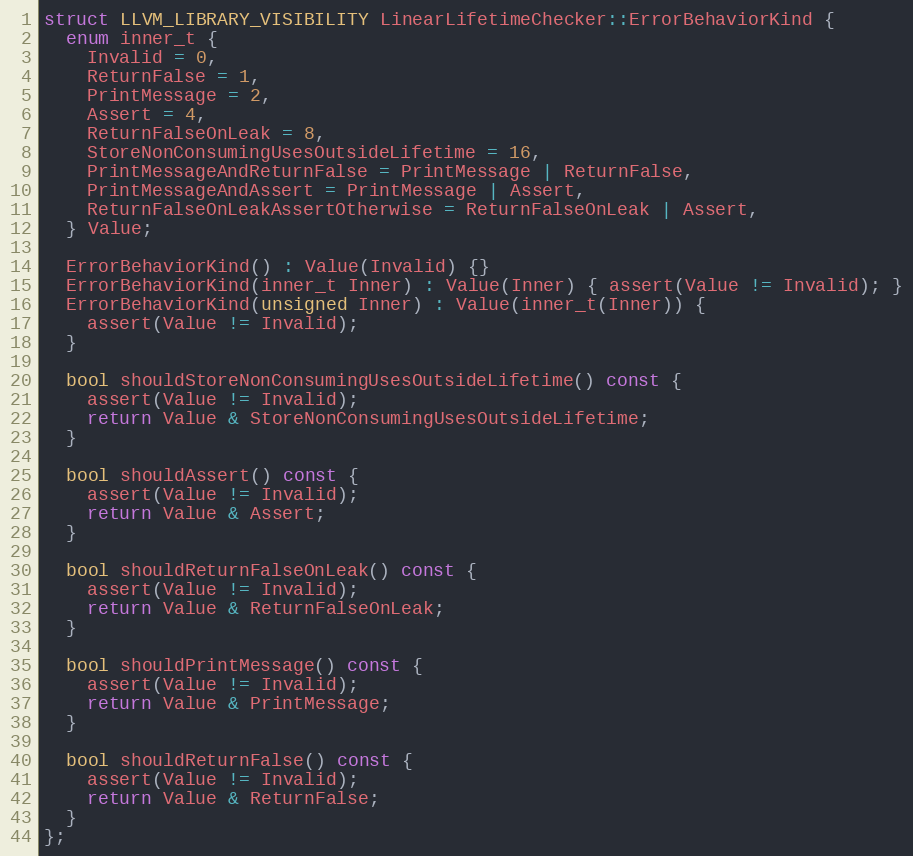
Language: C
struct LLVM_LIBRARY_VISIBILITY LinearLifetimeChecker::ErrorBehaviorKind {
  enum inner_t {
    Invalid = 0,
    ReturnFalse = 1,
    PrintMessage = 2,
    Assert = 4,
    ReturnFalseOnLeak = 8,
    StoreNonConsumingUsesOutsideLifetime = 16,
    PrintMessageAndReturnFalse = PrintMessage | ReturnFalse,
    PrintMessageAndAssert = PrintMessage | Assert,
    ReturnFalseOnLeakAssertOtherwise = ReturnFalseOnLeak | Assert,
  } Value;

  ErrorBehaviorKind() : Value(Invalid) {}
  ErrorBehaviorKind(inner_t Inner) : Value(Inner) { assert(Value != Invalid); }
  ErrorBehaviorKind(unsigned Inner) : Value(inner_t(Inner)) {
    assert(Value != Invalid);
  }

  bool shouldStoreNonConsumingUsesOutsideLifetime() const {
    assert(Value != Invalid);
    return Value & StoreNonConsumingUsesOutsideLifetime;
  }

  bool shouldAssert() const {
    assert(Value != Invalid);
    return Value & Assert;
  }

  bool shouldReturnFalseOnLeak() const {
    assert(Value != Invalid);
    return Value & ReturnFalseOnLeak;
  }

  bool shouldPrintMessage() const {
    assert(Value != Invalid);
    return Value & PrintMessage;
  }

  bool shouldReturnFalse() const {
    assert(Value != Invalid);
    return Value & ReturnFalse;
  }
};